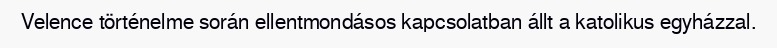
Velence történelme során ellentmondásos kapcsolatban állt a katolikus egyházzal.